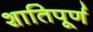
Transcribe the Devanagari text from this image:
शातिपूर्ण